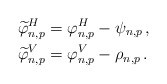
\begin{align*} \widetilde{\varphi}^{H}_{n,p} &= \varphi^{H}_{n,p} - \psi_{n,p}\,, \\ \widetilde{\varphi}^{V}_{n,p} &= \varphi^{V}_{n,p} - \rho_{n,p}\,.\end{align*}